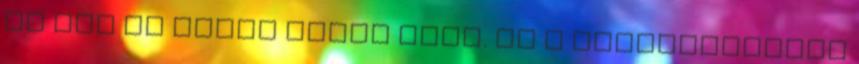
az egy az egyes kabel lesz. Ha a kerdesfeltevo